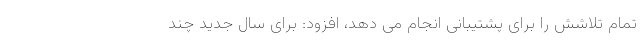
تمام تلاشش را برای پشتیبانی انجام می دهد، افزود: برای سال جدید چند